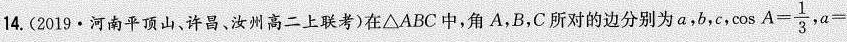
14.(2019·河南平顶山、许昌，汝州高二上联考)在△ABC中，角A，B，C所对的边分别为a，b，c，$$\cos A = \frac { 1 } { 3 }$$,$$a=